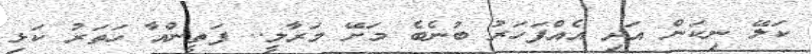
ކަލޭ ނިކަން އަދި އެއްފަހަރު ބުނެބެ މަށޭ މަރާލީ.. ފަތީންއާ ހަތަރު ކަޅި